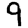
Digit: 9